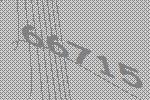
66715